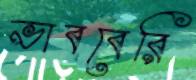
ভাববেরি